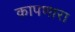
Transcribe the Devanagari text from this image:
कापणारा